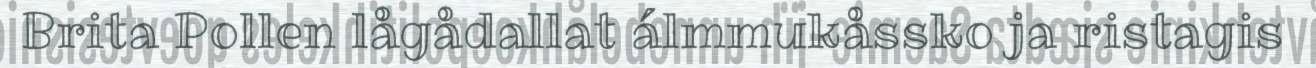
Brita Pollen lågådallat álmmukåssko ja ristagis